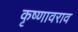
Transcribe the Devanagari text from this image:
कृष्णावराव